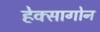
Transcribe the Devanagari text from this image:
हेक्सागोन